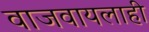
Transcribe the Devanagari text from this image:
वाजवायलाही